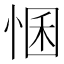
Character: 𢛕